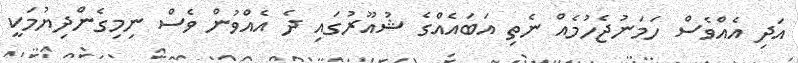
އަދި އެއްވެސް ހަމަނުޖެހުމެއް ނެތި އަބައެއްގެ ޝުއޫރުގައި ދެ އެއްވުން ވެސް ނިމިގެންދިޔުމަކީ